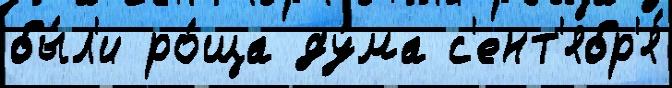
бы́л'и ро́ща ду́ма с'ент'ябр'я́